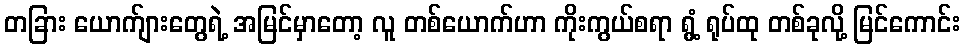
တခြား ယောက်ျားတွေရဲ့ အမြင်မှာတော့ လူ တစ်ယောက်ဟာ ကိုးကွယ်စရာ ရွံ့ ရုပ်ထု တစ်ခုလို့ မြင်ကောင်း